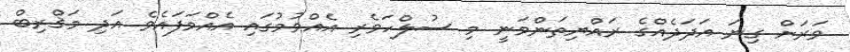
ވަރަށް ގިނަ އަދަދެއްގެ ރައްޔިތަންވަނީ މި ސުލްހަވެރި އެއްވުމުގައި އެއްވަފައެވެ އަދި މަޤްރިބް